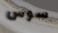
سوس